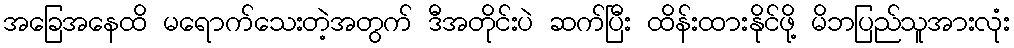
အခြေအနေထိ မရောက်သေးတဲ့အတွက် ဒီအတိုင်းပဲ ဆက်ပြီး ထိန်းထားနိုင်ဖို့ မိဘပြည်သူအားလုံး